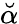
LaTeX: \breve{\alpha}